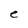
Character: e